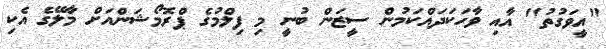
"އީވަގުތު" އާއި ވާހަކަދައްކަމުން ސީޒަން ބުނީ މި ފިލްމުގެ ޕްރޮމޯޝަންއަށް މާލޭގެ އެކި